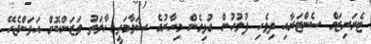
ޓެރަރިޒަމް ސެންޓަރާއި ދިވެހި ފުލުހުން ގުޅިގެން މިހާރުގެ ސަލާމަތީ ޙާލަތު ވަޒަންކޮށް އަޅަންޖެހޭ